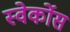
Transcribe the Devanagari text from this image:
स्वेर्कोस